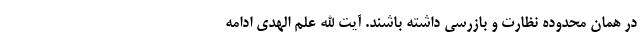
در همان محدوده نظارت و بازرسی داشته باشند. آیت الله علم الهدی ادامه